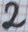
Text: 2